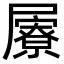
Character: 屪